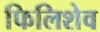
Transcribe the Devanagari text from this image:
फिलिशेव